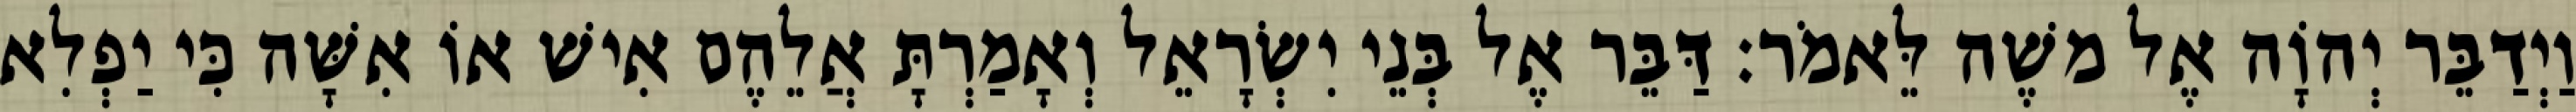
וַיְדַבֵּר יְהוָֹה אֶל משֶׁה לֵּאמֹר׃ דַּבֵּר אֶל בְּנֵי יִשְׂרָאֵל וְאָמַרְתָּ אֲלֵהֶם אִישׁ אוֹ אִשָּׁה כִּי יַפְלִא